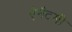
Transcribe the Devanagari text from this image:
ऐनैटमी